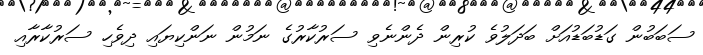
ސަބަބުން ގަޑުބަޑުއަށް ބަދަލުވެ ކުރިން ދެންނެވި ސަރުކާރުގެ ނަމުން ނަންކިޔައި ދިވެހި ސަރުކާރާއި